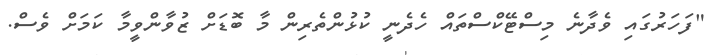
"ފަހަރުގައި ވެދާނެ މިސްޓޭކްސްތައް ހެދެނީ ކުޅުންތެރިން މާ ބޮޑަށް ޒުވާންވީމާ ކަމަށް ވެސް.